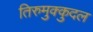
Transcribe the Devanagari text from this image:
तिरुमुक्कुदल